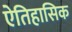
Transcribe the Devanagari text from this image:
ऐतिहासिक